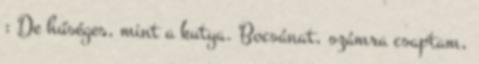
: De hűséges, mint a kutya. Bocsánat, számra csaptam,